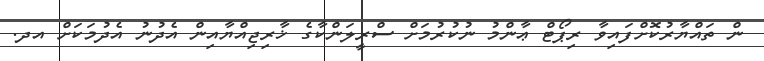
ން ތައްޔާރުކޮށްފައިވާ ރިޕޯޓް ޢާންމު ނުކުރުމަށް ސްރީލަންކާގެ ޚާރިޖިއްޔާއިން އެދުނު އެދުމަކަށް އދ.